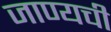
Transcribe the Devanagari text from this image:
जाण्यची